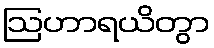
ဩဟာရယိတွာ